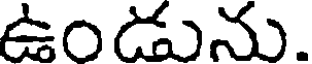
ఉండును.